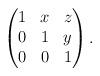
LaTeX: \begin{align*} \begin{pmatrix} 1 & x & z \\ 0 & 1 & y \\ 0 & 0 & 1 \end{pmatrix} .\end{align*}